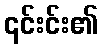
၎င်းင်း၏